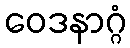
ဝေဒနာဂ္ဂံ